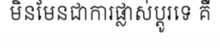
មិនមែនជាការផ្លាស់ប្តូរទេ គឺ